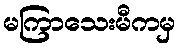
မကြာသေးမီကမှ